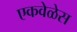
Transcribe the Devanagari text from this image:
एकवेळेस